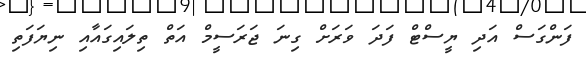
ފަންގަސް އަދި ޔީސްޓް ފަދަ ވަރަށް ގިނަ ޖަރަސީމް އަތް ތިލައިގައާއި ނިޔަފަތި